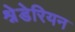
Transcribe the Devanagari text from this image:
श्नेडेरियन